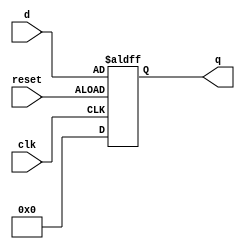
module DFF_10Bit(clk, d, q, reset);
input [10:1] d;
input clk, reset;
output reg [10:1] q;

initial begin
	q <= 10'b0000000000;
end

always@(posedge clk or negedge reset)
	if(reset)
 		q <= 10'b0000000000;
	else
		q <= d;

endmodule